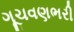
ગૂચવણભરી